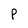
Character: p